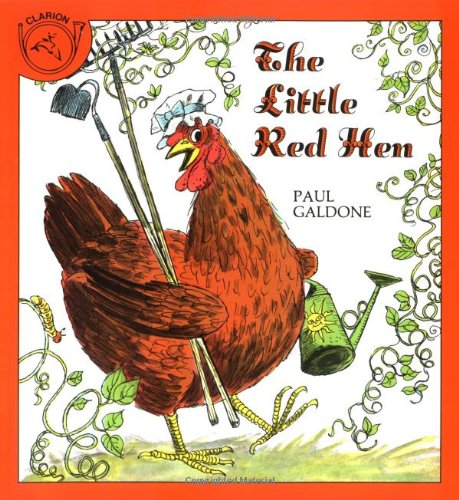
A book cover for The Little Red Hen (Paul Galdone Classics); Paul Galdone; Politics & Social Sciences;